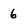
Character: 6